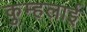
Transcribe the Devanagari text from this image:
कुम्हलाई